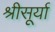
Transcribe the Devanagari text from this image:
श्रीसूर्या